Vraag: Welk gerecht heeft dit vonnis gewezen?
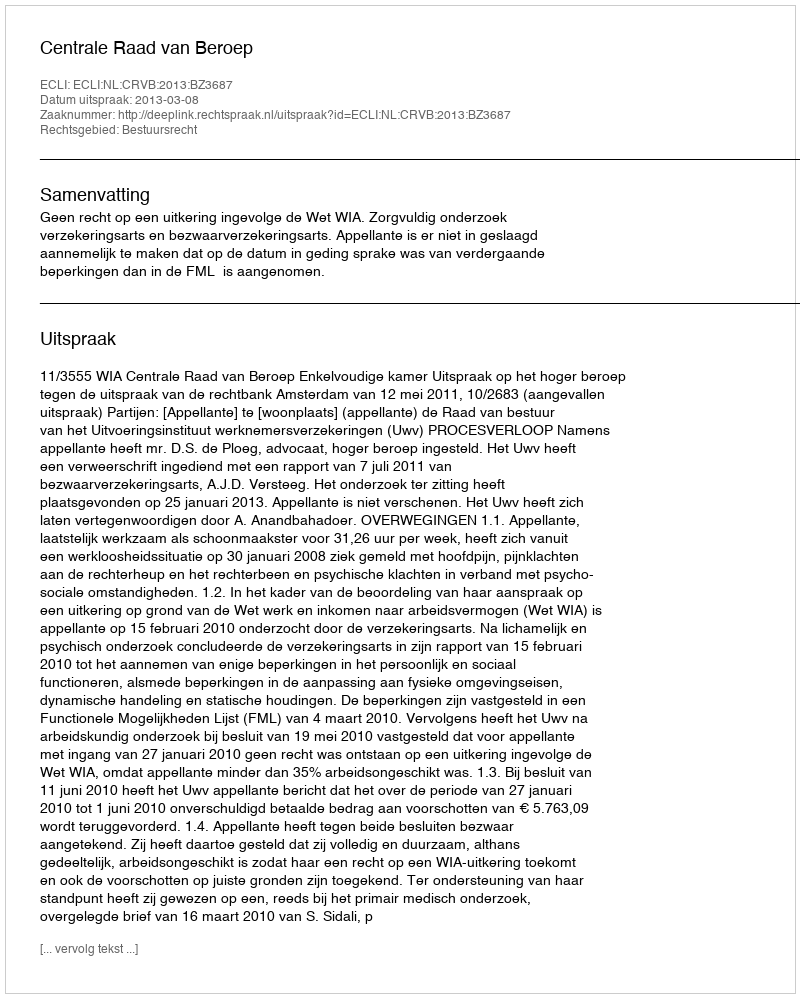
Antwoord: Centrale Raad van Beroep